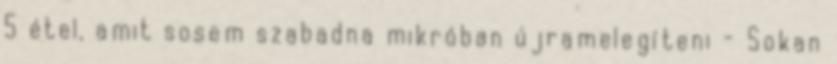
5 étel, amit sosem szabadna mikróban újramelegíteni - Sokan